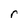
Character: r